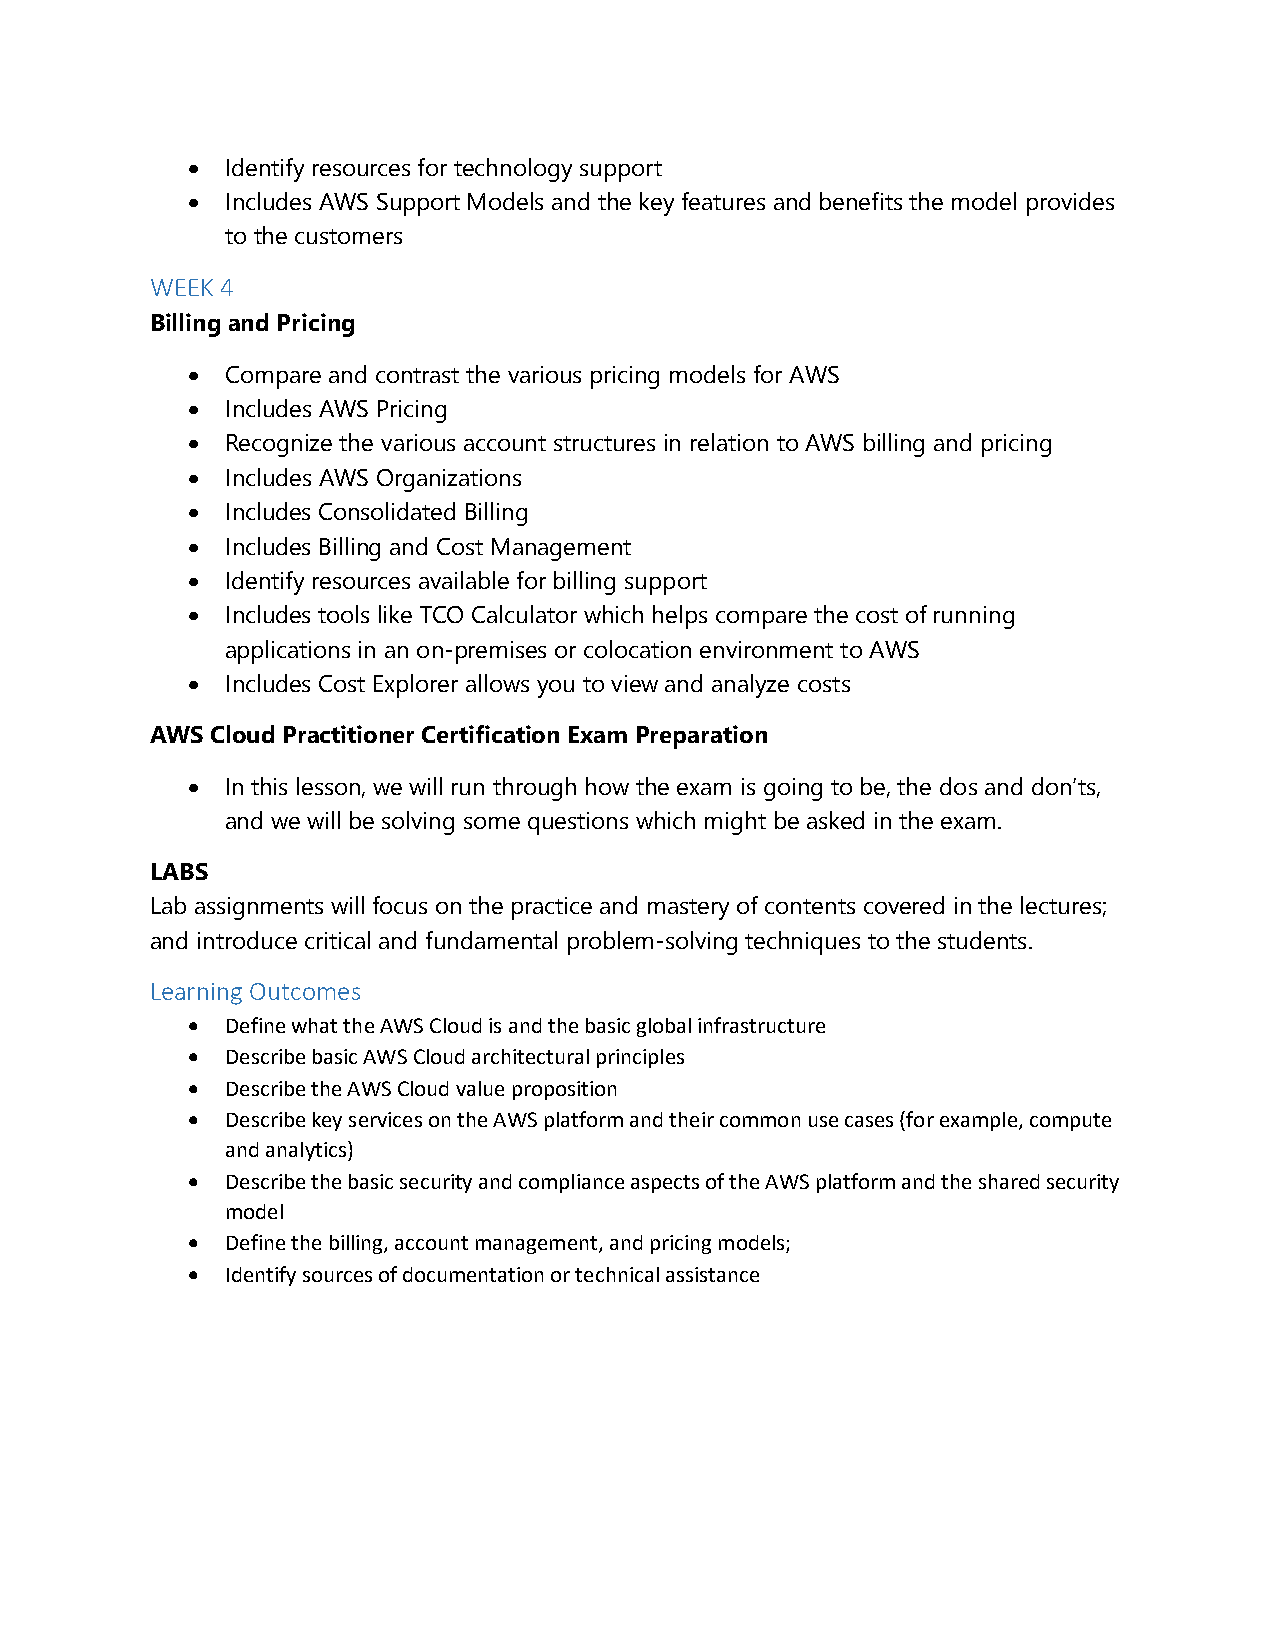
  Identify resources for technology support
   Includes AWS Support Models and the key features and benefits the model provides
 to the customers
 WEEK 4
 Billing and Pricing
   Compare and contrast the various pricing models for AWS
   Includes AWS Pricing
   Recognize the various account structures in relation to AWS billing and pricing
   Includes AWS Organizations
   Includes Consolidated Billing
   Includes Billing and Cost Management
   Identify resources available for billing support
   Includes tools like TCO Calculator which helps compare the cost of running
 applications in an on-premises or colocation environment to AWS
   Includes Cost Explorer allows you to view and analyze costs
 AWS Cloud Practitioner Certification Exam Preparation
   In this lesson, we will run through how the exam is going to be, the dos and don’ts,
 and we will be solving some questions which might be asked in the exam.
 LABS
 Lab assignments will focus on the practice and mastery of contents covered in the lectures;
 and introduce critical and fundamental problem-solving techniques to the students.
 Learning Outcomes
   Define what the AWS Cloud is and the basic global infrastructure
   Describe basic AWS Cloud architectural principles
   Describe the AWS Cloud value proposition
   Describe key services on the AWS platform and their common use cases (for example, compute
 and analytics)
   Describe the basic security and compliance aspects of the AWS platform and the shared security
 model
   Define the billing, account management, and pricing models;
   Identify sources of documentation or technical assistance